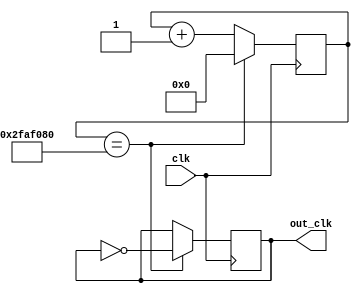
`timescale 1ns / 1ps
//////////////////////////////////////////////////////////////////////////////////
// Company: 
// Engineer: 
// 
// Design Name: 
// Module Name: frq_one
// Project Name: 
// Target Devices: 
// Tool Versions: 
// Description: 
// 
// Dependencies: 
// 
// Revision:
// Revision 0.01 - File Created
// Additional Comments:
// 
//////////////////////////////////////////////////////////////////////////////////

module frq_one(
input clk,
output reg out_clk=0
);

reg [26:0] count=0;

always @ (posedge clk)
begin
    count<=count+1;
    if(count==50000000)
    begin
        count<=0;
        out_clk<=~out_clk;
    end
end

endmodule